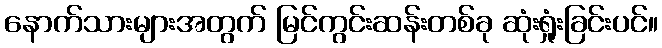
နောက်သားများအတွက် မြင်ကွင်းဆန်းတစ်ခု ဆုံးရှုံးခြင်းပင်။